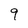
Character: 9